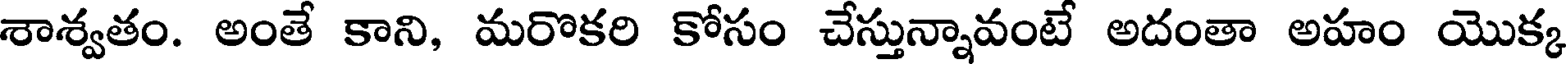
శాశ్వతం. అంతే కాని, మరొకరి కోసం చేస్తున్నావంటే అదంతా అహం యొక్క